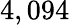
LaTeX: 4,094